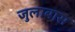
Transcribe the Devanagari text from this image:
जुलाबास